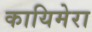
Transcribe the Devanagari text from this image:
कायिमेरा